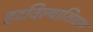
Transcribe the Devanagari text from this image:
हटविल्याशिवाय